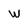
Character: w